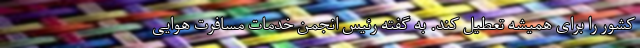
کشور را برای همیشه تعطیل کند. به گفته رئیس انجمن خدمات مسافرت هوایی